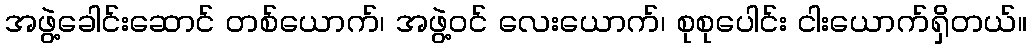
အဖွဲ့ခေါင်းဆောင် တစ်ယောက်၊ အဖွဲ့ဝင် လေးယောက်၊ စုစုပေါင်း ငါးယောက်ရှိတယ်။